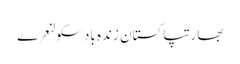
بھارتپاکستان زندہ بادسکولنعرے